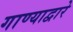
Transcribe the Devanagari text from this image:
गाण्याद्वारे